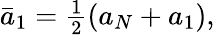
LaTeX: \begin{array}{r}{\bar{a}_{1}=\frac{1}{2}\left({a}_{N}+{a}_{1}\right),}\end{array}